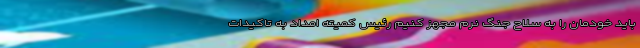
باید خودمان را به سلاح جنگ نرم مجهز کنیم رئیس کمیته امداد به تاکیدات